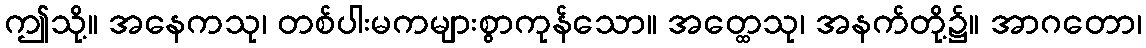
ဤသို့။ အနေကသု၊ တစ်ပါးမကများစွာကုန်သော။ အတ္ထေသု၊ အနက်တို့၌။ အာဂတော၊